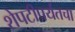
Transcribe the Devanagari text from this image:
शेपटीपर्यंतचा